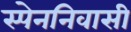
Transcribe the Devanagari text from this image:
स्पेननिवासी